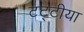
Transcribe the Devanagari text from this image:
टट्टीया